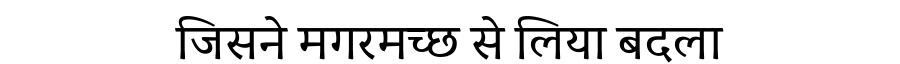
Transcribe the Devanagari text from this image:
जिसने मगरमच्छ से लिया बदला